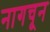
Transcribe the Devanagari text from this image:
नागचून